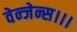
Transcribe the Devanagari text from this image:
वेन्जेन्स।।।